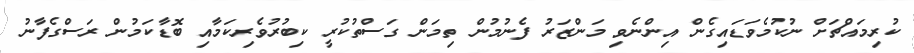
ކުރިމައްޗަށް ނުކުމެވަޑައިގެން އިންނެވި މަންޒަރު ފެނުމުން ތިމަން ގަސްތުކުރީ ކިބުރުވެރިކަމާއި ބޮޑާކަމުން ރަސްގެފާނު